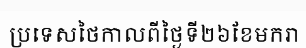
ប្រទេសថៃកាលពីថ្ងៃទី២៦ខែមករា